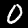
Label: 0